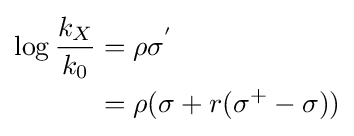
{\begin{aligned}\log {\frac {k_{X}}{k_{0}}}&=\rho \sigma ^{'}\\&=\rho (\sigma +r(\sigma ^{+}-\sigma ))\end{aligned}}